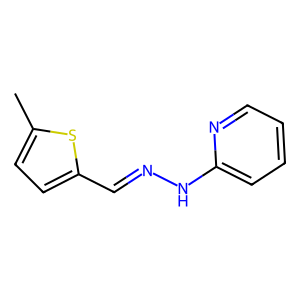
SMILES: Cc1ccc(C=NNc2ccccn2)s1
Inhibits HIV replication: No